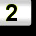
Digit: 2